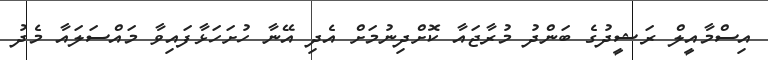
އިސްމާއީލް ރަޝީދުގެ ބަންދު މުރާޖައާ ކޮށްދިނުމަށް އެދި އޭނާ ހުށަހަޅާފައިވާ މައްސަލައާ މެދު